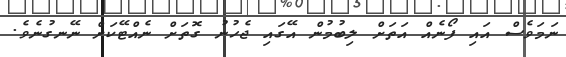
ނަމަވެސް އައި ފޯނެއް އަތަށް ލިބުމުން އޭގައި ޖެހުނު ގޮތަށް ނެއްޓޭކަށް ނޭނގުނެވެ.